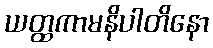
ယတ္ထကာမနိပါတိနော